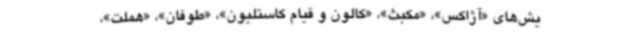
یش‌های «آژاکس»، «مکبث»، «کالون و قیام کاستلیون»، «طوفان»، «هملت»،